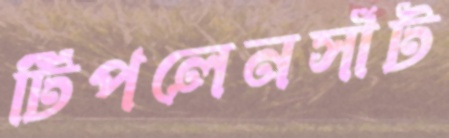
টিপলেনসাঁট